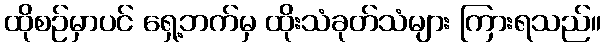
ထိုစဉ်မှာပင် ရှေ့ဘက်မှ ထိုးသံခုတ်သံများ ကြားရသည်။